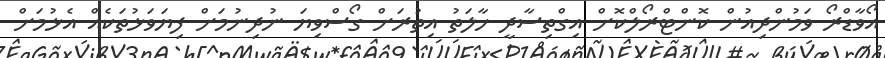
އޯވާޑްރޯ ވަމުންދިއުން ކޮންޓްރޯލްކޮށް އިގްތިސާދީ ހާލަތު އިތުރަށް ގޯސްވިޔަ ނުދިނުމަށް ފިޔަވަޅުތަކެއް އެޅުމަށް